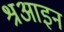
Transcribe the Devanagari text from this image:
श्रआइन